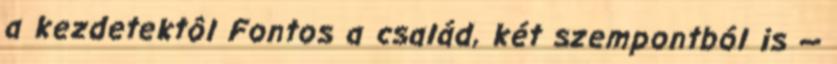
a kezdetektôl Fontos a család, két szempontból is —